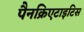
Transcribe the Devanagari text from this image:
पैनक्रिएटाइटिस